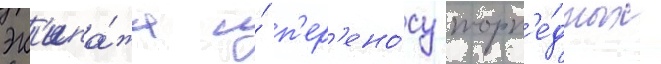
эк'ипа́жа и́ п'ер'ено́су торп'е́дных